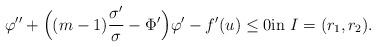
LaTeX: \begin{align*}\varphi'' + \Big((m-1)\frac{\sigma'}{\sigma}-\Phi'\Big)\varphi'-f'(u)\leq 0 \textnormal{in}\ I=(r_1,r_2).\end{align*}